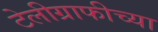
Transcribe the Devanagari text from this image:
टेलीग्राफीच्या